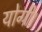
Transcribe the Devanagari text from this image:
योगी।